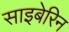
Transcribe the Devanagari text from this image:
साइबेरिन